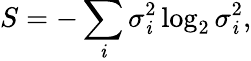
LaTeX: S=-\sum_{\mathit{i}}\sigma_{\mathit{i}}^{2}\log_{2}\sigma_{\mathit{i}}^{2},